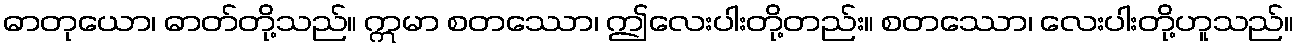
ဓာတုယော၊ ဓာတ်တို့သည်။ ဣမာ စတဿော၊ ဤလေးပါးတို့တည်း။ စတဿော၊ လေးပါးတို့ဟူသည်။